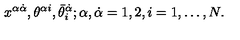
x ^ { \alpha \dot { \alpha } } , \theta ^ { \alpha i } , \bar { \theta } _ { i } ^ { \dot { \alpha } } ; \alpha , \dot { \alpha } = 1 , 2 , i = 1 , \dots , N .